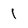
Character: 1